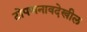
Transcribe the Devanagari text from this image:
टोपणनावदेखील